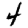
Digit: 4